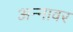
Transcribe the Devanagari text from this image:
अन्‍नावर